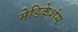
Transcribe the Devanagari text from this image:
मेडिकेशंस